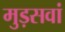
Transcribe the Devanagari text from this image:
मुड़सवां